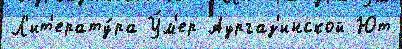
Л'ит'ерату́ра У́м'ер Аургаз'инской Ют